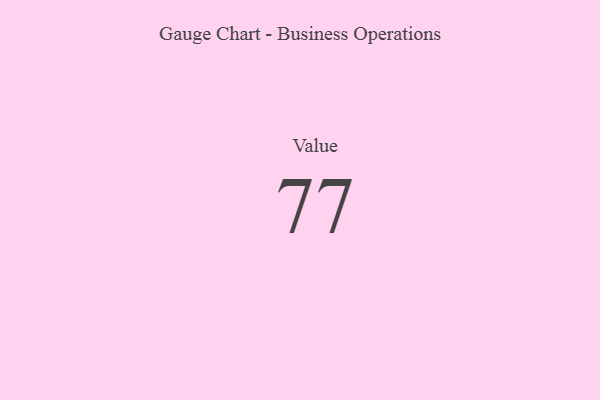
{"axis": {"x": "Metric", "y": "Value"}, "legend": [""], "data": [{"x": "Value", "y": 77, "type": ""}]}